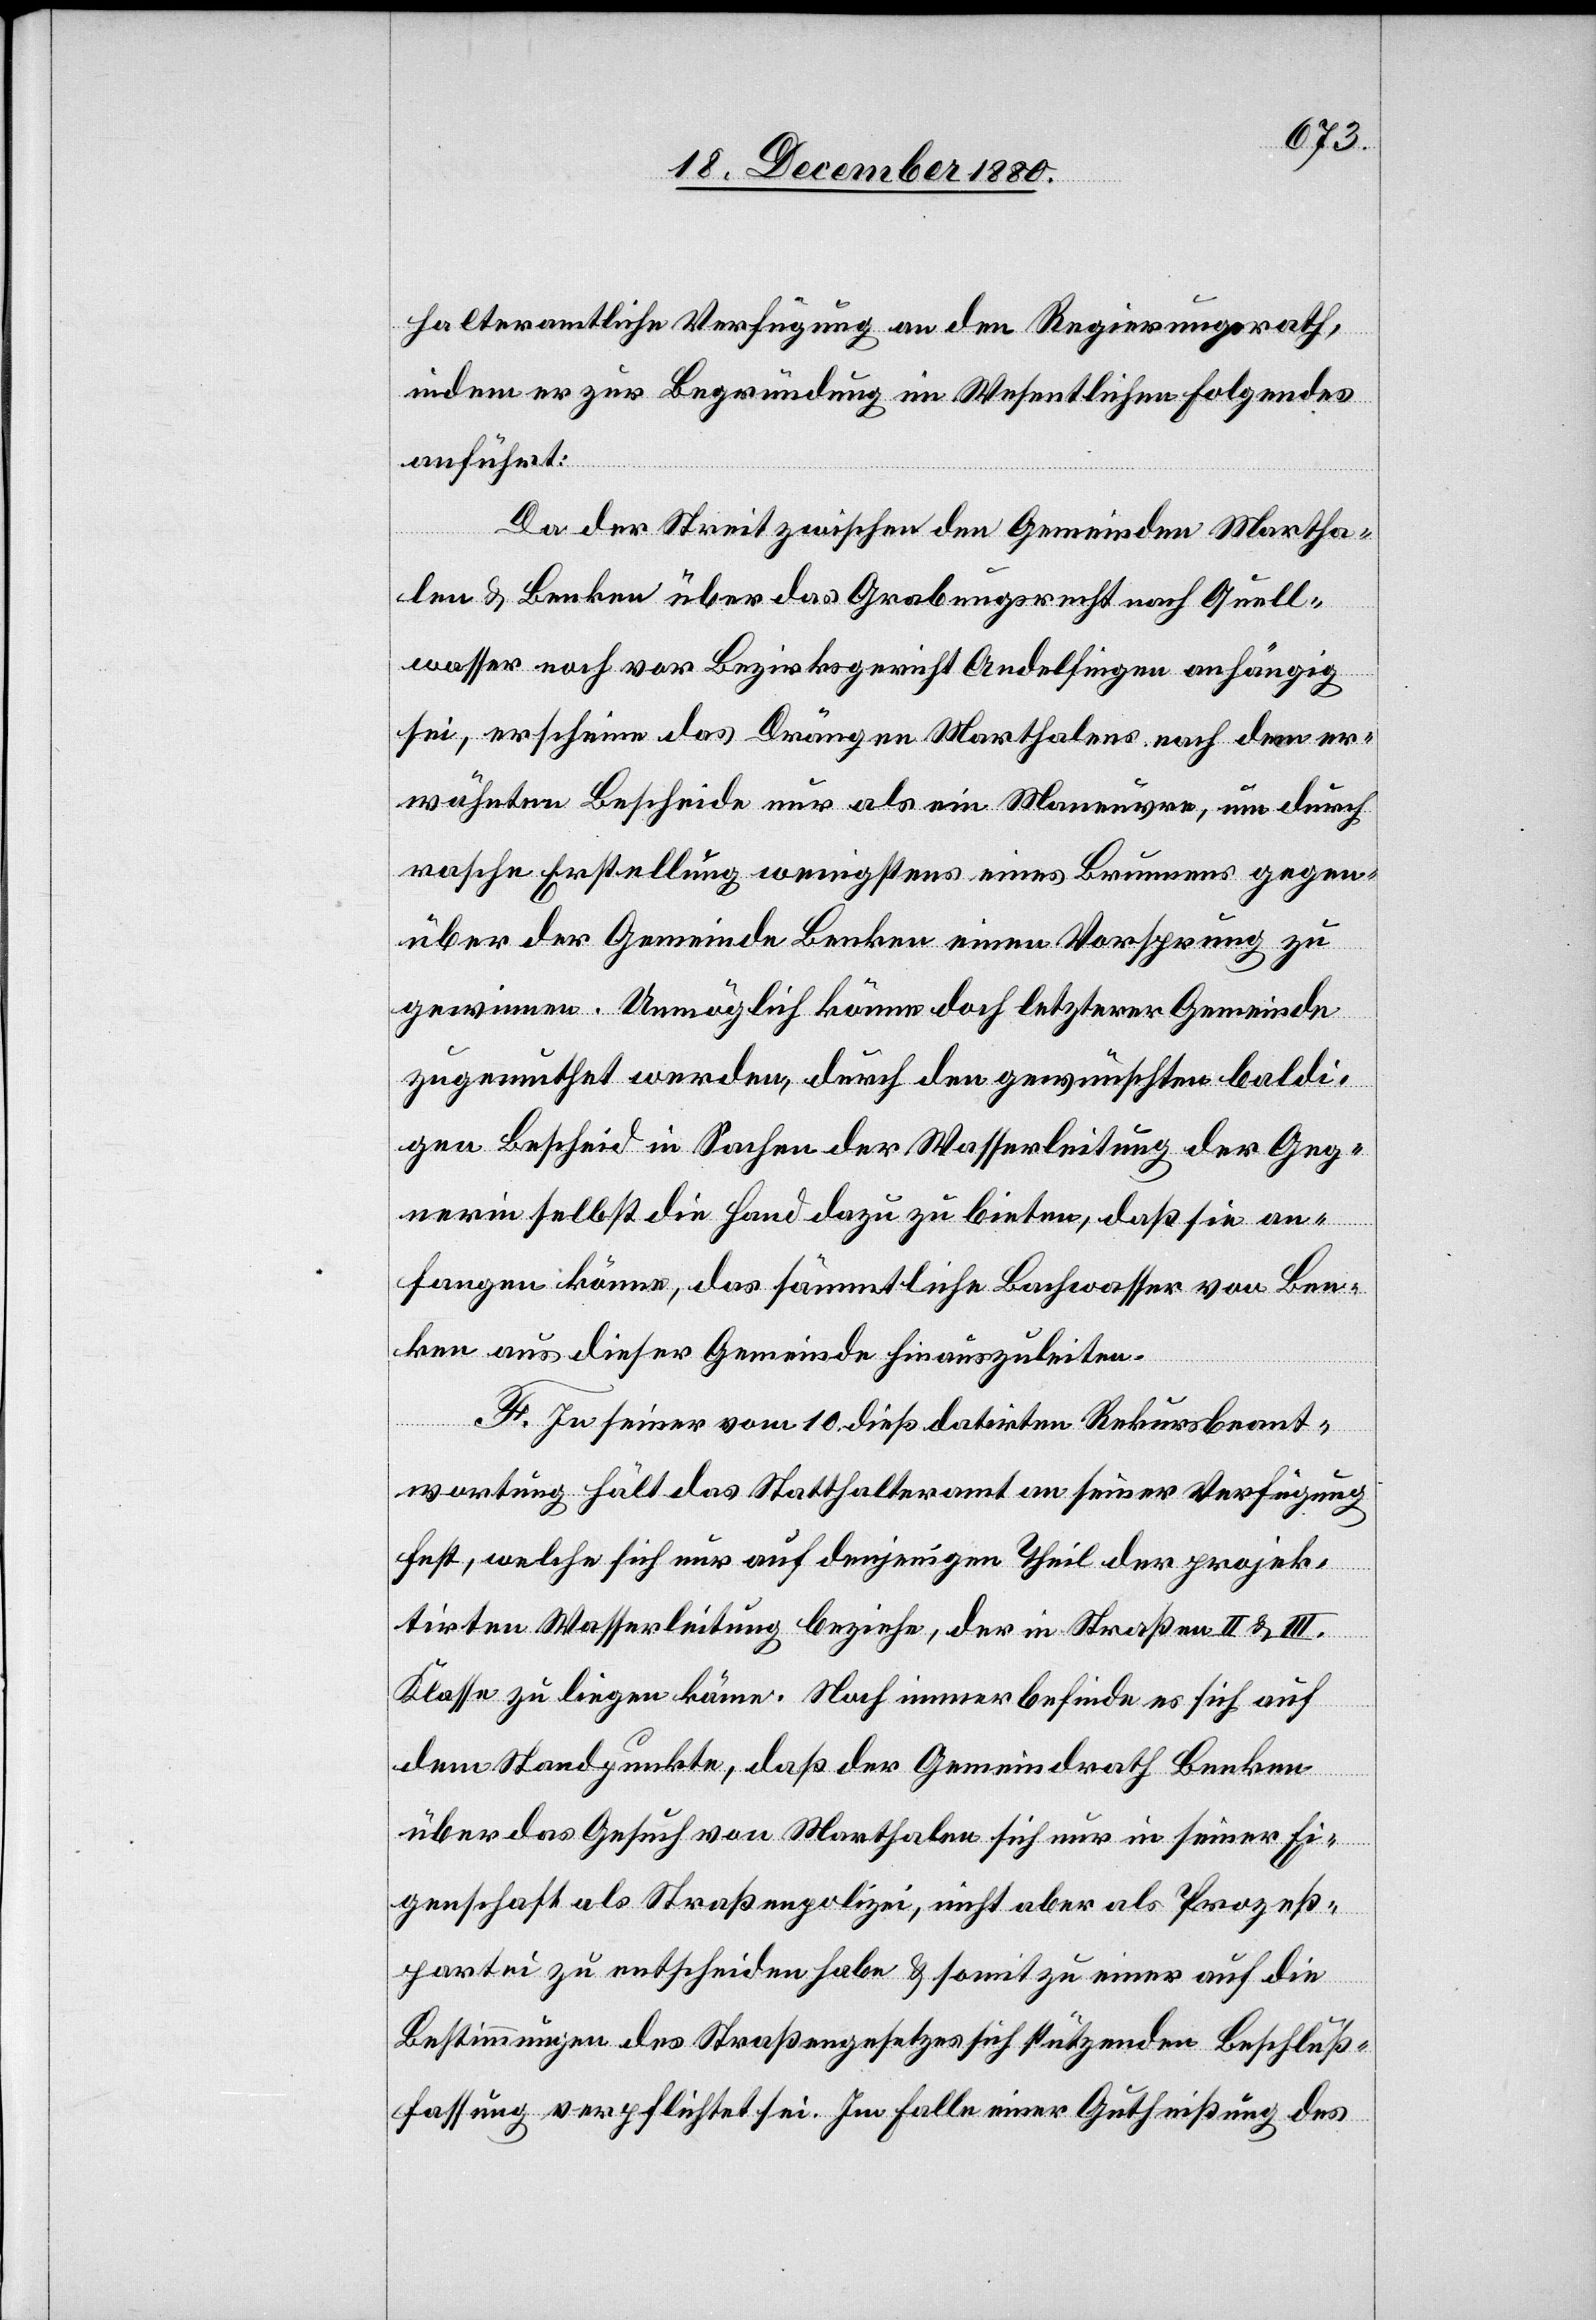
halteramtliche Verfügung an den Regierungsrath,
indem er zur Begründung im Wesentlichen folgendes
anführt:
Da der Streit zwischen den Gemeinden Martha¬
len & Benken über das Grabungsrecht nach Quell¬
wasser noch vor Bezirksgericht Andelfingen anhängig
sei, erschiene das Drängen Marthalens nach dem er¬
wähnten Bescheide nur als ein Maneuvre, um durch
rasche Erstellung wenigstens eines Brunnens gegen¬
über der Gemeinde Benken Vorsprung zu
gewinnen. Unmöglich könne doch letzterer Gemeinde
zugemuthet werden, durch den gewünschten baldi¬
gen Bescheid in Sachen der Wasserleitung der Geg¬
nerin selbst die Hand dazu zu bieten, daß sie an¬
fangen könne, das sämmtliche Bachwasser von Ben¬
ken aus dieser Gemeinde hinauszuleiten.
F. In seiner vom 10. dieß datirten Rekursbeant¬
wortung hält das Statthalteramt an seiner Verfügung
fest, welche sich nur auf denjenigen Theil der projek¬
tirten Wasserleitung beziehe, der in Straßen II & III.
Klasse zu liegen käme. Noch immer befinde es sich auf
dem Standpunkte, daß der Gemeindrath Benken
über das Gesuch von Marthalen sich nur in seiner Ei¬
genschaft als Straßenpolizei, nicht aber als Prozeß¬
partei zu entscheiden habe & somit zu einer auf die
Bestimmungen des Straßengesetzes sich stützenden Beschluß¬
fassung verpflichtet sei. Im Falle einer Gutheißung des